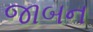
જાબન